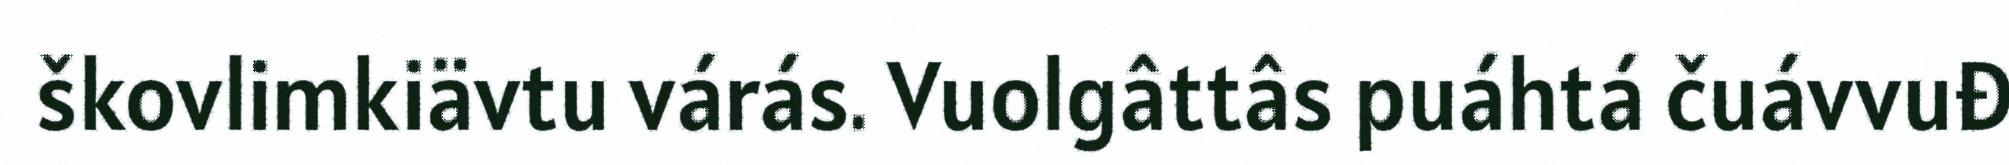
škovlimkiävtu várás. Vuolgâttâs puáhtá čuávvuđ